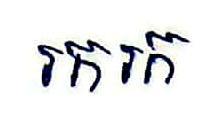
រករក